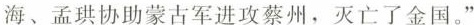
海、孟珙协助蒙古军进攻蔡州，灭亡了金国。”